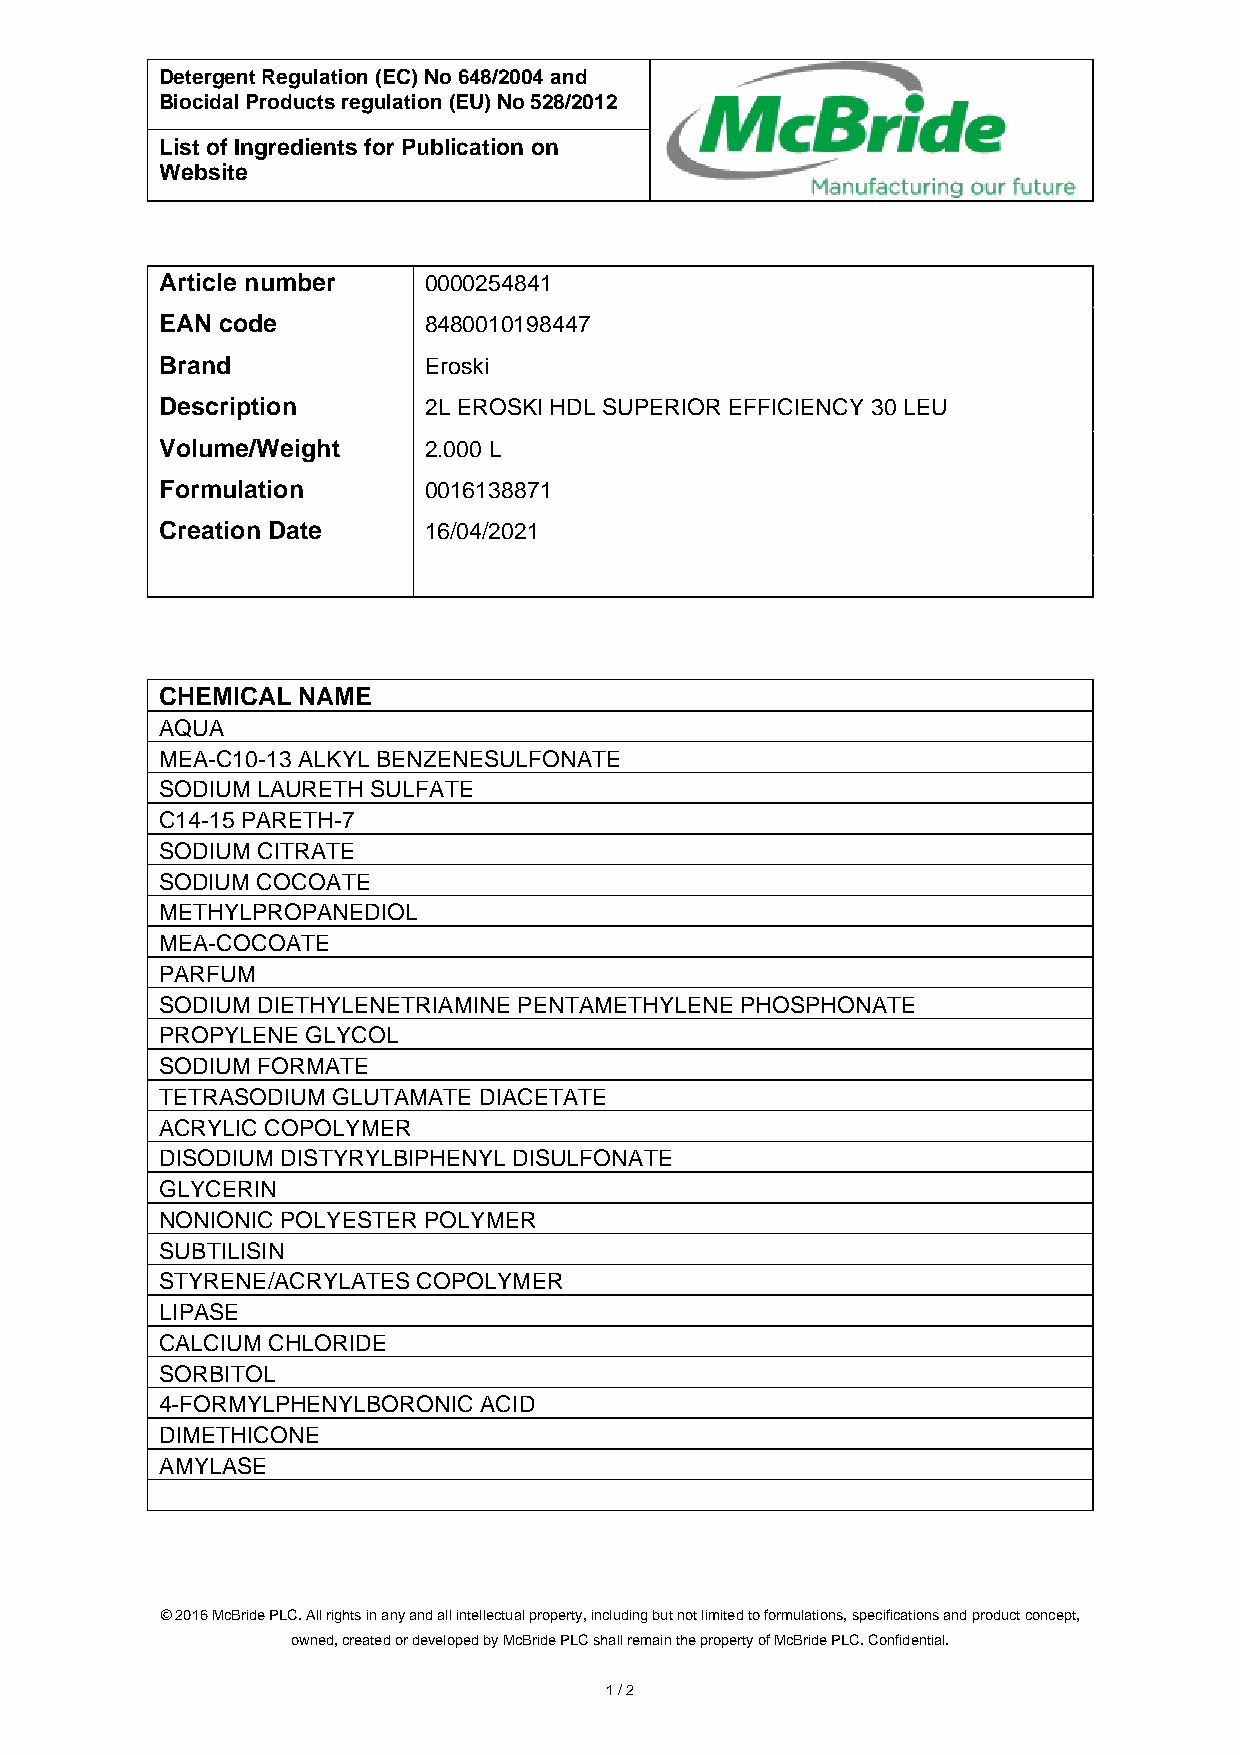
Detergent Regulation (EC) No 648/2004 and
 Biocidal Products regulation (EU) No 528/2012
 List of Ingredients for Publication on
 Website
 Article number   0000254841
 EAN code         8480010198447
 Brand            Eroski
 Description      2L EROSKI HDL SUPERIOR EFFICIENCY 30 LEU
 Volume/Weight    2.000 L
 Formulation      0016138871
 Creation Date    16/04/2021
 CHEMICAL NAME
 AQUA
 MEA-C10-13 ALKYL BENZENESULFONATE
 SODIUM LAURETH SULFATE
 C14-15 PARETH-7
 SODIUM CITRATE
 SODIUM COCOATE
 METHYLPROPANEDIOL
 MEA-COCOATE
 PARFUM
 SODIUM DIETHYLENETRIAMINE PENTAMETHYLENE PHOSPHONATE
 PROPYLENE GLYCOL
 SODIUM FORMATE
 TETRASODIUM GLUTAMATE DIACETATE
 ACRYLIC COPOLYMER
 DISODIUM DISTYRYLBIPHENYL DISULFONATE
 GLYCERIN
 NONIONIC POLYESTER POLYMER
 SUBTILISIN
 STYRENE/ACRYLATES COPOLYMER
 LIPASE
 CALCIUM CHLORIDE
 SORBITOL
 4-FORMYLPHENYLBORONIC ACID
 DIMETHICONE
 AMYLASE
 © 2016 McBride PLC. All rights in any and all intellectual property, including but not limited to formulations, specifications and product concept,
 owned, created or developed by McBride PLC shall remain the property of McBride PLC. Confidential.
 1 / 2